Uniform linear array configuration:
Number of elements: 8
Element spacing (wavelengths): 0.5
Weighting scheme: hann
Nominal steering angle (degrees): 30
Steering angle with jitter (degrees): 29.039
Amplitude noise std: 0.05
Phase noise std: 0.05

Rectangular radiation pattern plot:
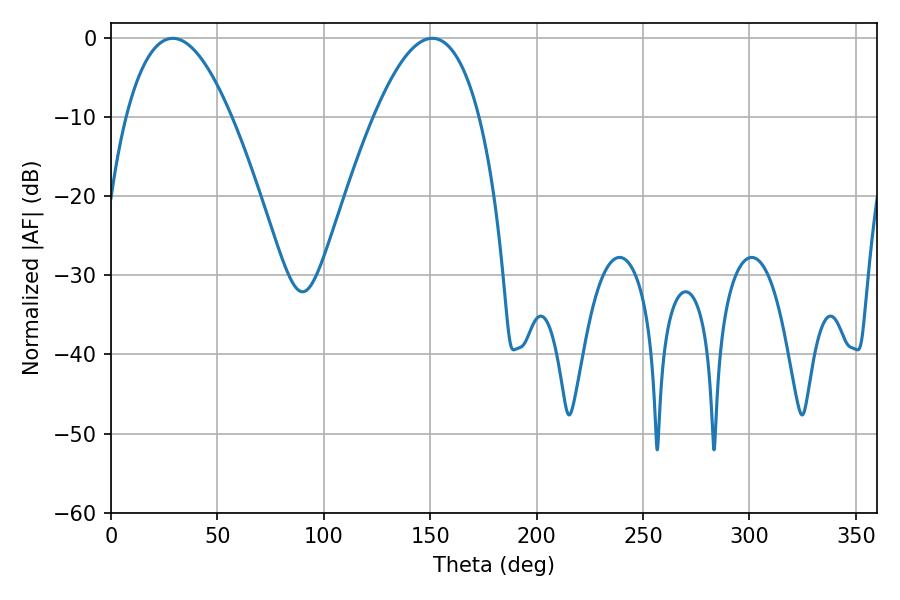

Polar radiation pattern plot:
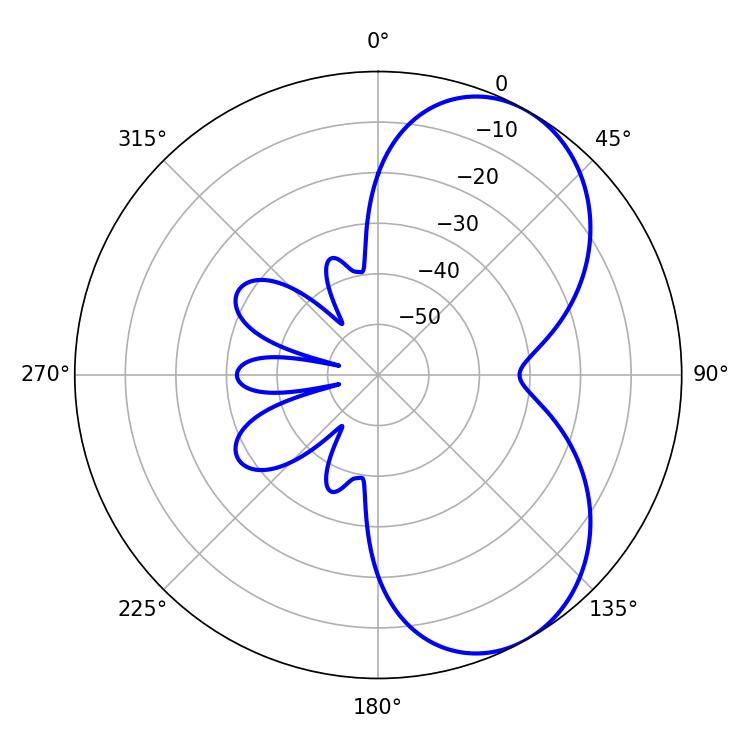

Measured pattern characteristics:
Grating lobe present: FALSE
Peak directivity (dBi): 5.924
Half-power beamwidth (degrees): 27.36
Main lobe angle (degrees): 28.98